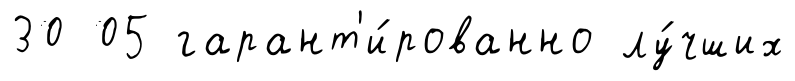
30 05 гарант'и́рованно лу́чших